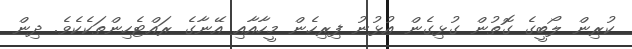
ކުރިން ލޯބީގެ ގޮތުން ގުޅިގެން އުޅުނު ފިރިހެން މީހާއާއި އޭނާގެ ރައްޓެހިންތަކެކެވެ. ދިން